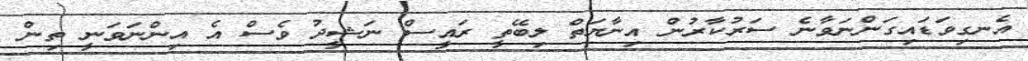
އެނގިވަޑައިގަންނަވާނެ ސަރުކާރުން އިނާޔަތް ލިބޭތީ ރައީސް ނަޝީދު ވެސް އެ އިންނަވަނީ ތިން